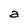
Character: a